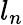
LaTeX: l_{n}